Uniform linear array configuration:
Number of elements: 32
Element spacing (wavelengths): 1
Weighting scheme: hamming
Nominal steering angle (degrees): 45
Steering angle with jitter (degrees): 45.872
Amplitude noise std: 0.05
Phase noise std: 0.05

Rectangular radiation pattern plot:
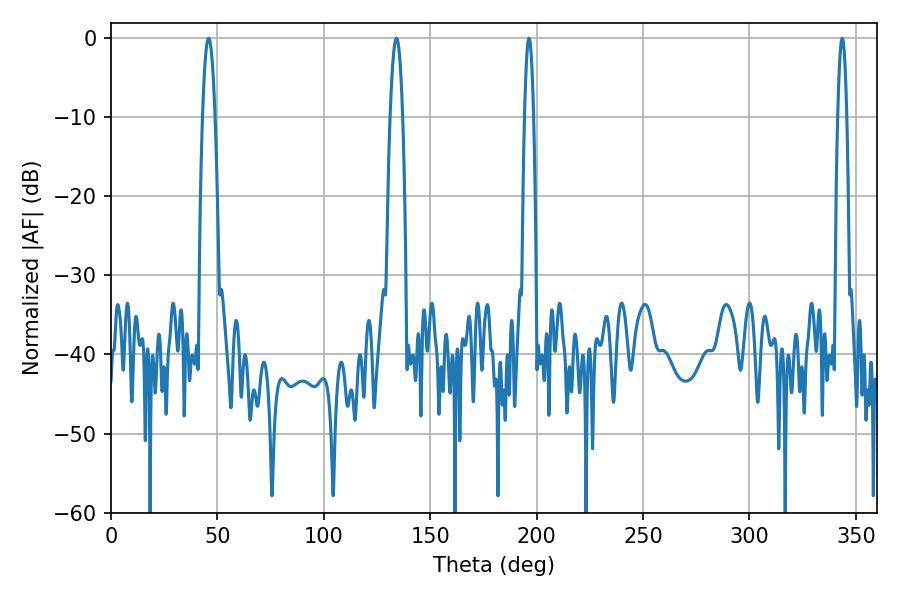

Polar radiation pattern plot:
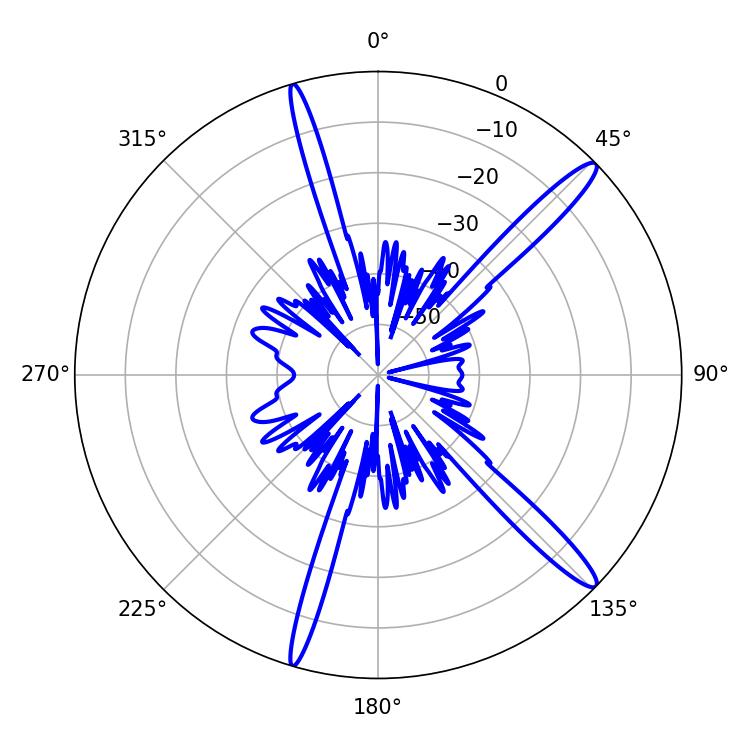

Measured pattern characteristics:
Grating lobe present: TRUE
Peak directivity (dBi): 15.012
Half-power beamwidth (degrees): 2.16
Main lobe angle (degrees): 196.38